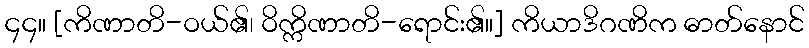
၄၄။ [ကိဏာတိ-ဝယ်၏၊ ဝိက္ကိဏာတိ-ရောင်း၏။] ကိယာဒိဂဏိက ဓာတ်နောင်